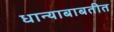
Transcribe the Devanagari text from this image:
धान्याबाबतीत